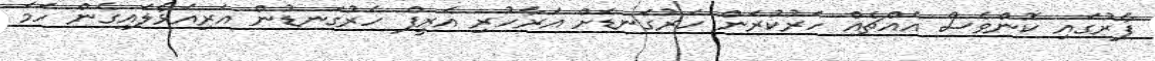
ފާރުގައި ކޮންވެސް އެއްޗެއް ހަރުކުރަން ހަރުގަނޑަށް އަރާހުރި އަރީފް ހަރުގަނޑުން އަރިއަޅާލައިގެން ހަމަ